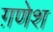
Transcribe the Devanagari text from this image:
ग़णेश